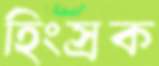
হিংস্রক